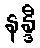
နန္ဒီ